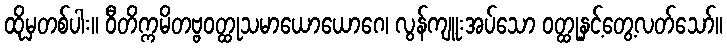
ထိုမှတစ်ပါး။ ဝီတိက္ကမိတဗ္ဗဝတ္ထုသမာယောယောဂေ၊ လွန်ကျူးအပ်သော ဝတ္ထုနှင့်တွေ့လတ်သော်။